Account of plague administration in the Bombay Presidency from September 1896 till May 1897
Year: 1896
Disease focus: Plague
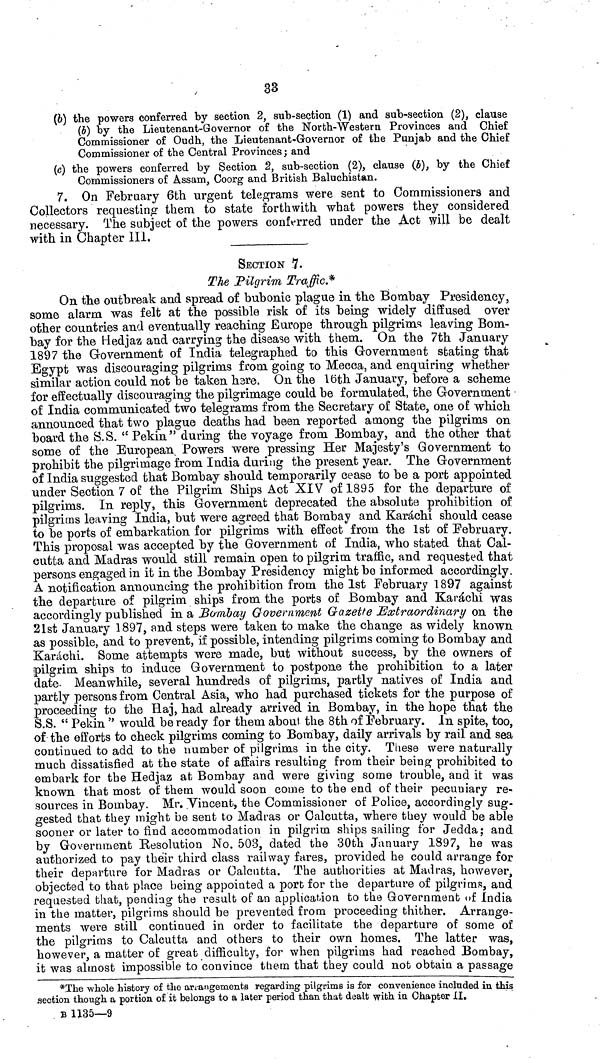
33
(6) the powers conferred by section 2, sub-section (1) and sub-section (2), clause
(δ) by the Lieutenant-Go ver nor of the North-Western Provinces and Chief
Commissioner of Oudh, the Lieutenant-Governor of the Punjab and the Chief
Commissioner of the Central Provinces; and
(c) the powers conferred by Section 2, sub-section (2), clause (J), by the Chief
Commissioners of Assam, Coorg and British Baluchistan.
7. On February 6th urgent telegrams were sent to Commissionerà and
Collectors requesting them to state forthwith what powers they considered
necessary. The subject of the powers conferred under the Act will be dealt
with in Chapter III.
SECTION 7.
The Pilgrim Traffic.*
On the outbreak and spread of bubonic plague in the Bombay Presidency,
some alarm was felt at the possible risk of its being widely diffused over
other countries and eventually reaching Europe through pilgrims leaving Bom-
bay for the Hedjaz and carrying the disease with them. On the 7th January
1897 the Government of India telegraphed to this Government stating that
Egypt was discouraging pilgrims from going to Mecca, and enquiring whether
similar action could not be taken hare. On the 16th January, before a scheme
for effectually discouraging the pilgrimage could be formulated, the Government
of India communicated two telegrams from the Secretary of State, one of which
announced that two plague deaths had been reported among the pilgrims on
board the S.S. " Pekin" during the voyage from Bombay, and the other that
some of the European, Powers were pressing Her Majesty's Government to
prohibit the pilgrimage from India during the present year. The Government
of India suggested that Bombay should temporarily cease to be a port appointed
under Section 7 of the Pilgrim Ships Act XIV of 1895 for the departure of
pilgrims. In reply, this Government deprecated the absolute prohibition of
pilgrims leaving India, but were agreed that Bombay and Karachi should cease
to be ports of embarkation for pilgrims with effect from the 1st of February.
This proposal was accepted by the Government of India, who stated that Cal-
cutta and Madras would still remain open to pilgrim traffic, and requested that
persons engaged in it in the Bombay Presidency might be informed accordingly.
A notification announcing the prohibition from the 1st February 1897 against
the departure of pilgrim ships from the ports of Bombay and Karachi was
accordingly published in a Bombay G-overnment Gazette Extraordinary on the
21st January 1897, and steps were taken to make the change as widely known
as possible, and to prevent, if possible, intending pilgrims coming to Bombay and
Karcachi. Some attempts were made, but without success, by the owners of
ipilgrim ships to induce Government to postpone the prohibition to a later
date. Meanwhile, several hundreds of pilgrims, partly natives of India and
partly persons from Central Asia, who had purchased tickets for the purpose of
proceeding to the Haj, had already arrived in Bombay, in the hope that the
S.S. " Pekin " would be ready for them about the 8th of February. In spite, too,
of the efforts to check pilgrims coming to Bombay, daily arrivals by rail and sea
continued to add to the number of pilgrims in the city. Tliese were naturally
much dissatisfied at the state of affairs resulting from their being prohibited to
embark for the Hedjaz afc Bombay and were giving some trouble, and it was
known that most of them would soon come to the end of their pecuniary re-
sources in Bombay. Mr. Vincent, the Commissioner of Police, accordingly sug-
gested that they might be sent to Madras or Calcutta, where they would be able
sooner or later to find accommodation in pilgrim ships sailing for Jedda; and
by Government Resolution No. 503, dated the 30th January 1897, he was
authorized to pay their third class railway fares, provided he could arrange for
their departure for Madras or Calcutta. The authorities at Madras, however
objected to that place being appointed a porb for the departure of pilgrims, and
requested tliab, pendiag the result of an application to the Government of India
in the matter, pilgrims should be prevented from proceeding thither. Arrange-
ments were still continued in order to facilitate the departure of some of
the pilgrims to Calcutta and others to their own homes. The latter was,
however, a matter of great difficulty, for when pilgrims had reached Bombay,
it was almost impossible to convince them that they could not obtain a passage
*The whole history of the arrangements regarding pilgrims is for convenience included in this
section though a portion of it belongs to a later period than that dealt with in Chapter II.
Β 1135—9